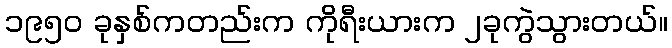
၁၉၅၀ ခုနှစ်ကတည်းက ကိုရီးယားက ၂ခုကွဲသွားတယ်။